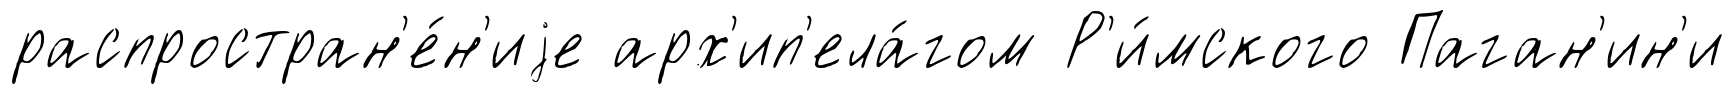
распростран'е́н'иjе арх'ип'ела́гом Р'и́мского Паган'ин'и